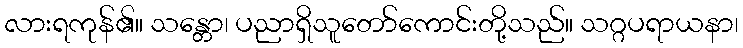
လားရကုန်၏။ သန္တော၊ ပညာရှိသူတော်ကောင်းတို့သည်။ သဂ္ဂပရာယနာ၊